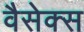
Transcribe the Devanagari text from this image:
वैसेक्स